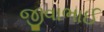
જીવાભાઈ